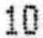
10